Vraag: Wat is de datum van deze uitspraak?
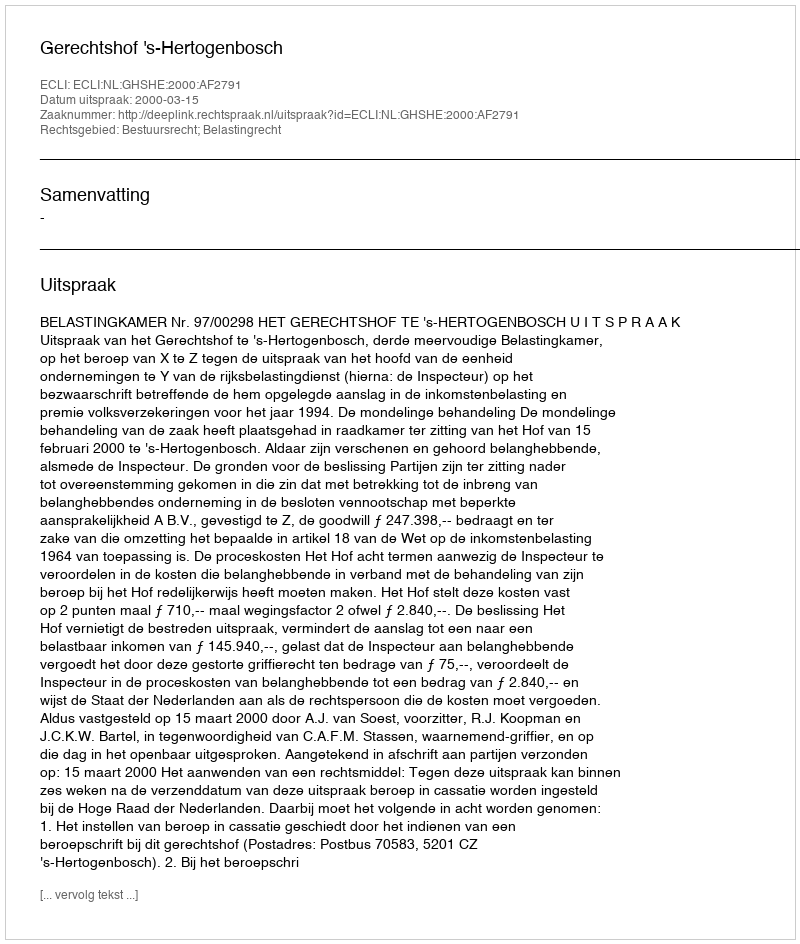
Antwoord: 2000-03-15